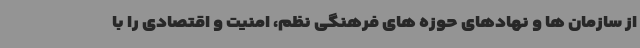
از سازمان ها و نهادهای حوزه های فرهنگی نظم، امنیت و اقتصادی را با